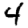
Digit: 4